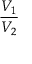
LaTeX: \frac { V _ { 1 } } { V _ { 2 } }